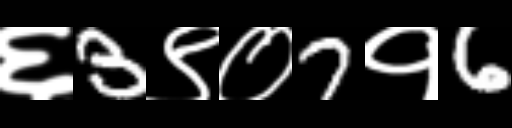
Text: ६3९०7१6